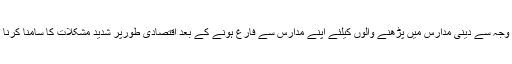
جس کی وجہ سے دینی مدارس میں پڑھنے والوں کیلئے اپنے مدارس سے فارغ ہونے کے بعد اقتصادی طورپر شدید مشکلات کا سامنا کرنا پڑتا ہے۔